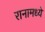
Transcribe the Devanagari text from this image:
रानामध्ये